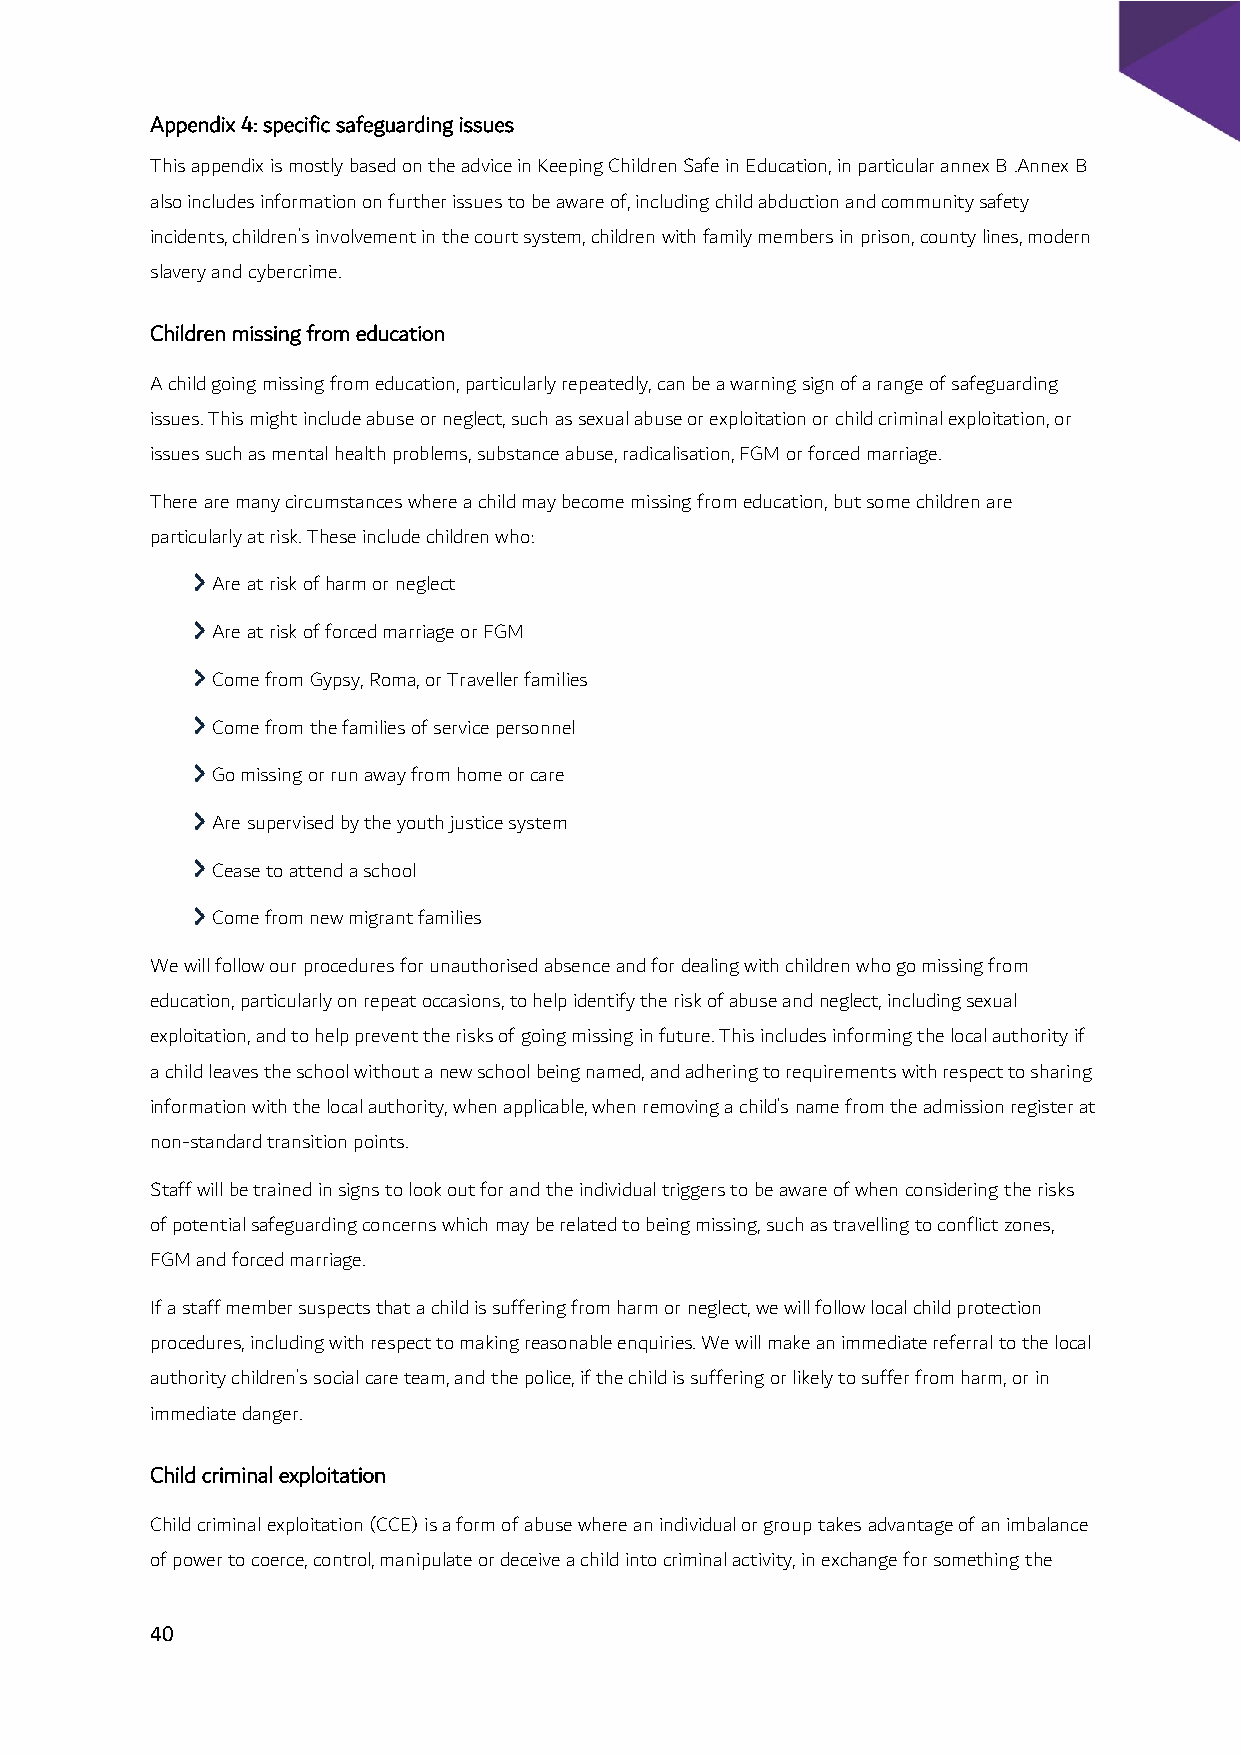
Appendix 4: specific safeguarding issues
 This appendix is mostly based on the advice in Keeping Children Safe in Education, in particular annex B .Annex B
 also includes information on further issues to be aware of, including child abduction and community safety
 incidents, children’s involvement in the court system, children with family members in prison, county lines, modern
 slavery and cybercrime.
 Children missing from education
 A child going missing from education, particularly repeatedly, can be a warning sign of a range of safeguarding
 issues. This might include abuse or neglect, such as sexual abuse or exploitation or child criminal exploitation, or
 issues such as mental health problems, substance abuse, radicalisation, FGM or forced marriage.
 There are many circumstances where a child may become missing from education, but some children are
 particularly at risk. These include children who:
 Are at risk of harm or neglect
 Are at risk of forced marriage or FGM
 Come from Gypsy, Roma, or Traveller families
 Come from the families of service personnel
 Go missing or run away from home or care
 Are supervised by the youth justice system
 Cease to attend a school
 Come from new migrant families
 We will follow our procedures for unauthorised absence and for dealing with children who go missing from
 education, particularly on repeat occasions, to help identify the risk of abuse and neglect, including sexual
 exploitation, and to help prevent the risks of going missing in future. This includes informing the local authority if
 a child leaves the school without a new school being named, and adhering to requirements with respect to sharing
 information with the local authority, when applicable, when removing a child’s name from the admission register at
 non-standard transition points.
 Staff will be trained in signs to look out for and the individual triggers to be aware of when considering the risks
 of potential safeguarding concerns which may be related to being missing, such as travelling to conflict zones,
 FGM and forced marriage.
 If a staff member suspects that a child is suffering from harm or neglect, we will follow local child protection
 procedures, including with respect to making reasonable enquiries. We will make an immediate referral to the local
 authority children’s social care team, and the police, if the child is suffering or likely to suffer from harm, or in
 immediate danger.
 Child criminal exploitation
 Child criminal exploitation (CCE) is a form of abuse where an individual or group takes advantage of an imbalance
 of power to coerce, control, manipulate or deceive a child into criminal activity, in exchange for something the
 40